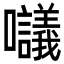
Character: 𡅷